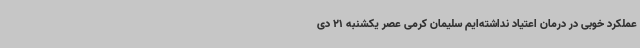
عملکرد خوبی در درمان اعتیاد نداشته‌ایم سلیمان کرمی عصر یکشنبه 21 دی